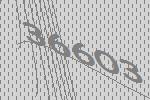
36603